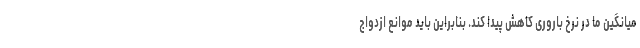
میانگین ما در نرخ باروری کاهش پیدا کند. بنابراین باید موانع ازدواج